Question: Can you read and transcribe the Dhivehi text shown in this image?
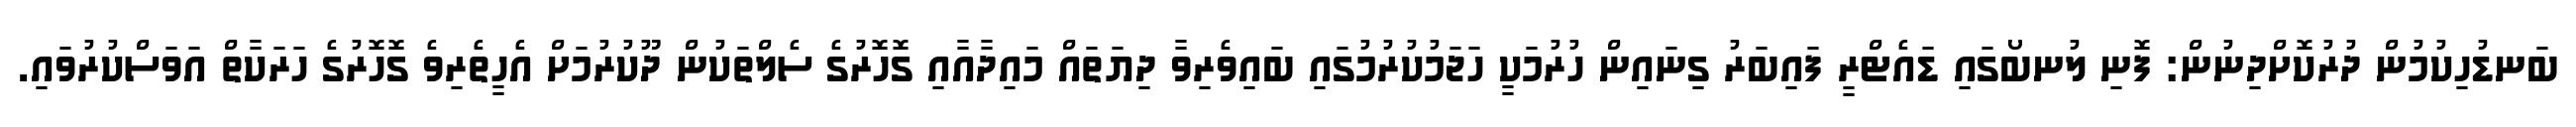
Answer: ބަނޑުހިކުމުން ދުރުކޮށްދިނުން: ފޮނި ލުނބޯގައި ޑައެޓްރީ ފައިބަރު ގިނައިން ހުރުމަކީ ހަޖަމުކުރުމުގައި ބައިވެރިވާ ދިޔަތައް މައިދާއާއި ގޮހޮރުގެ ސެލްތަކުން ދޫކުރުމަށް އެހީތެރިވެ ގޮހޮރުގެ ހަރަކާތް އަވަސްކުރުވައި.